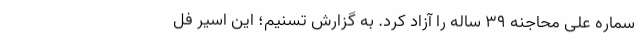
سماره علی محاجنه 39 ساله را آزاد کرد. به گزارش تسنیم؛ این اسیر فل